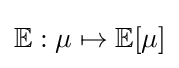
\mathbb {E} :\mu \mapsto \mathbb {E} [\mu ]